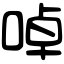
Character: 啅